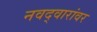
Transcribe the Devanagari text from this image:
नवद्वारांवर